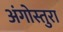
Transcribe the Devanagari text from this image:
अंगोस्तुरा